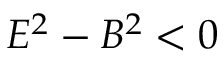
E ^ { 2 } - B ^ { 2 } < 0